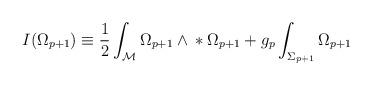
LaTeX: \begin{align*}I(\Omega_{p+1})\equiv{}\frac{1}{2}\int_{\cal{M}}\Omega_{p+1}\wedge{}*\Omega_{p+1}{}+g_p\int_{\Sigma_{p+1}}\Omega_{p+1}\end{align*}